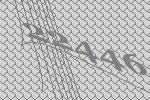
22446